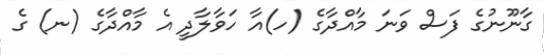
ގާނޫނުގެ ފަސް ވަނަ މާއްދާގެ (ހ)އާ ހަވާލާދީ އެ މާއްދާގެ (ނ) ގެ